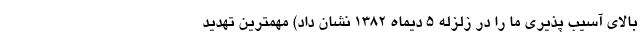
بالای آسیب پذیری ما را در زلزله ۵ دیماه ۱۳۸۲ نشان داد) مهمترین تهدید